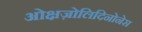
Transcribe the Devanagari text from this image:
ओक्षज़ोलिदिनोनेस